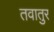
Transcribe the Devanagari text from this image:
तवातुर